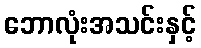
ဘောလုံးအသင်းနှင့်